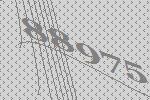
88975